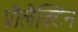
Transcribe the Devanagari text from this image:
प्रौलैक्टिन